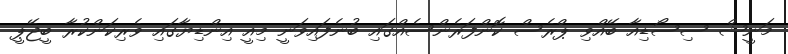
މަނީޝް ސިސޯޑިއާ ބޭއްވި ޕްރެސް ކޮންފަރެންސެއްގައި ބުނެފައިވަނީ މިއީ އިންޑިޔާގައި ވެރިކަންކުރާ ބީޖޭޕީ